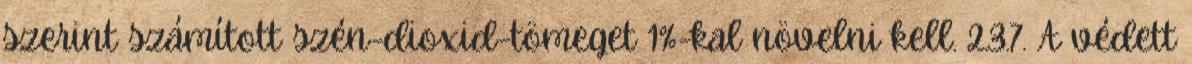
szerint számított szén-dioxid-tömeget 1%-kal növelni kell. 2.3.7. A védett